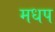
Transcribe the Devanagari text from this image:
मधप